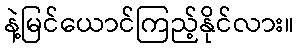
နဲ့မြင်ယောင်ကြည့်နိုင်လား။